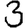
Digit: 3